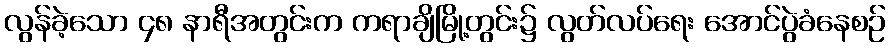
လွန်ခဲ့သော ၄၈ နာရီအတွင်းက ကရာချိမြို့တွင်း၌ လွတ်လပ်ရေး အောင်ပွဲခံနေစဉ်